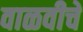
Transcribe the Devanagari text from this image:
वाळवीचे